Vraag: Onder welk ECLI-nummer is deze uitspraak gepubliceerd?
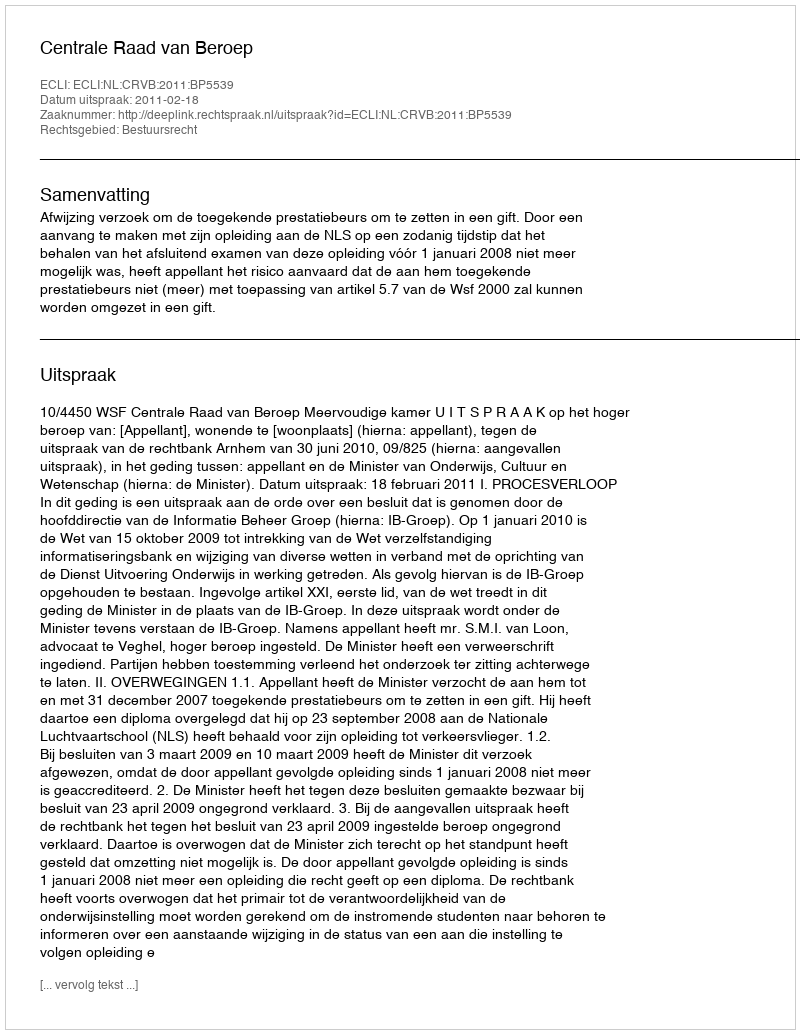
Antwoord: ECLI:NL:CRVB:2011:BP5539